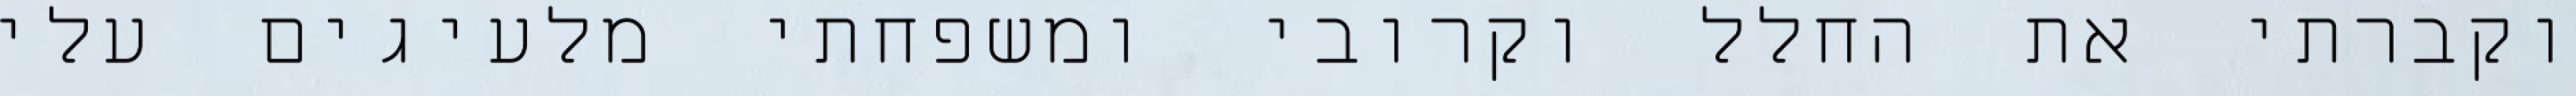
וקברתי את החלל וקרובי ומשפחתי מלעיגים עלי